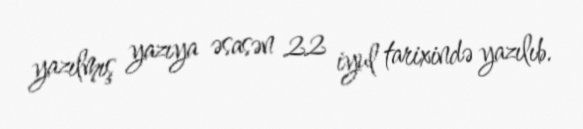
yazılmış yazıya əsasən 22 iyul tarixində yazılıb.